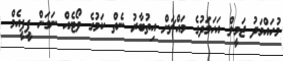
މުހައްމަދު ޖަމީލް އަހަމަދުގެ މައްޗަށް އިތުބާރު ނެތް ކަމުގެ ވޯޓެއް ނަގަން ޕީޕީއެމް